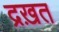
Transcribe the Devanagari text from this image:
द्रख़त